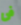
فى